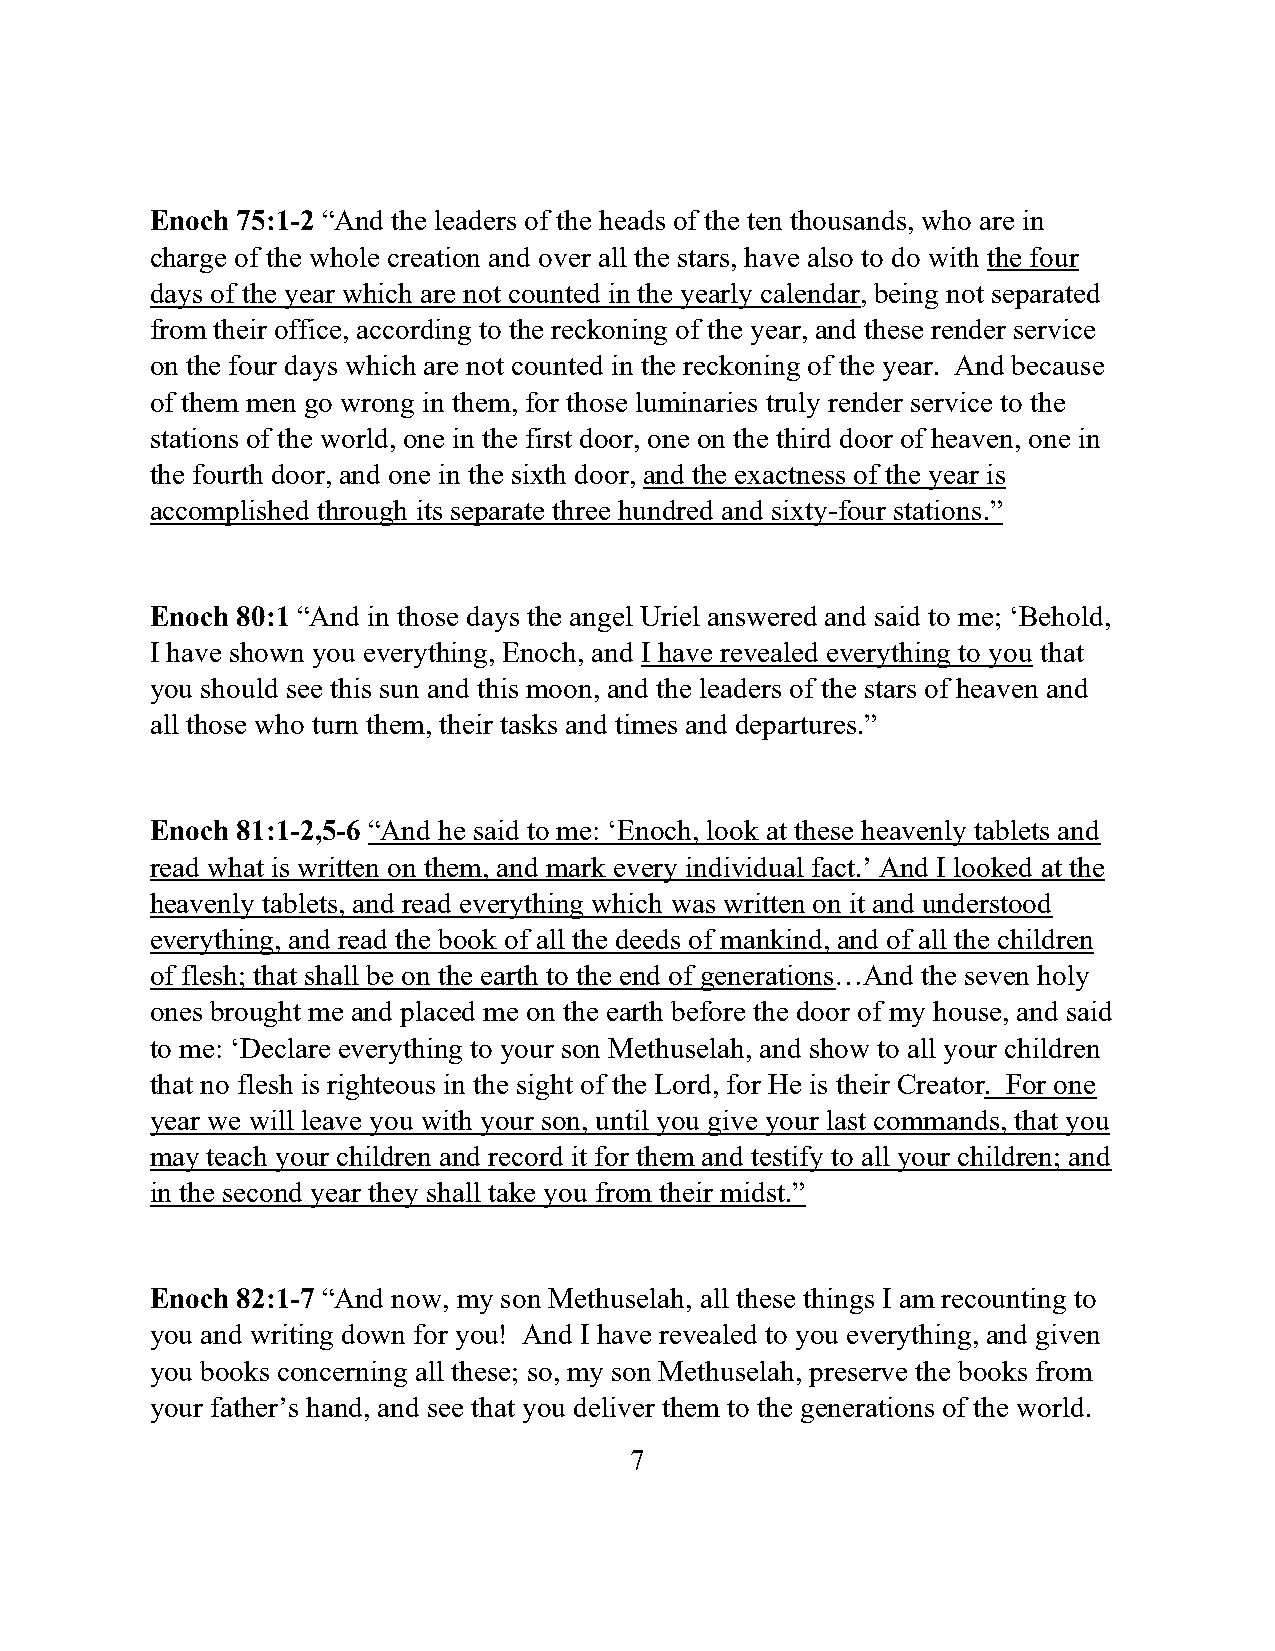
Enoch 75:1-2 “And the leaders of the heads of the ten thousands, who are in
 charge of the whole creation and over all the stars, have also to do with the four
 days of the year which are not counted in the yearly calendar, being not separated
 from their office, according to the reckoning of the year, and these render service
 on the four days which are not counted in the reckoning of the year. And because
 of them men go wrong in them, for those luminaries truly render service to the
 stations of the world, one in the first door, one on the third door of heaven, one in
 the fourth door, and one in the sixth door, and the exactness of the year is
 accomplished through its separate three hundred and sixty-four stations.”
 Enoch 80:1 “And in those days the angel Uriel answered and said to me; ‘Behold,
 I have shown you everything, Enoch, and I have revealed everything to you that
 you should see this sun and this moon, and the leaders of the stars of heaven and
 all those who turn them, their tasks and times and departures.”
 Enoch 81:1-2,5-6 “And he said to me: ‘Enoch, look at these heavenly tablets and
 read what is written on them, and mark every individual fact.’ And I looked at the
 heavenly tablets, and read everything which was written on it and understood
 everything, and read the book of all the deeds of mankind, and of all the children
 of flesh; that shall be on the earth to the end of generations…And the seven holy
 ones brought me and placed me on the earth before the door of my house, and said
 to me: ‘Declare everything to your son Methuselah, and show to all your children
 that no flesh is righteous in the sight of the Lord, for He is their Creator. For one
 year we will leave you with your son, until you give your last commands, that you
 may teach your children and record it for them and testify to all your children; and
 in the second year they shall take you from their midst.”
 Enoch 82:1-7 “And now, my son Methuselah, all these things I am recounting to
 you and writing down for you! And I have revealed to you everything, and given
 you books concerning all these; so, my son Methuselah, preserve the books from
 your father’s hand, and see that you deliver them to the generations of the world.
 7